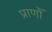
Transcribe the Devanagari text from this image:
प्राणोँ